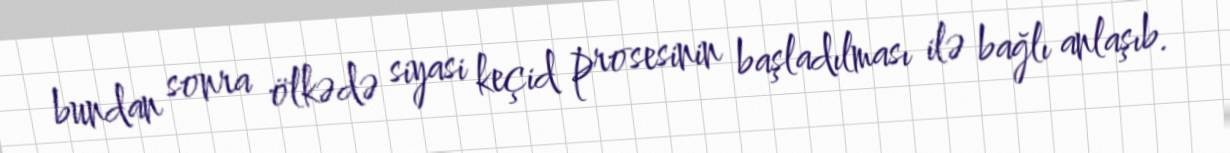
bundan sonra ölkədə siyasi keçid prosesinin başladılması ilə bağlı anlaşıb.